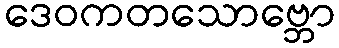
ဒေဝကတသောဗ္ဘော